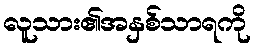
လူသား၏အနှစ်သာရကို